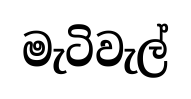
මැටිවැල්